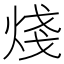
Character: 𪸶